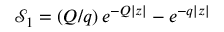
\mathcal { S } _ { 1 } = \left( Q / q \right) e ^ { - Q | z | } - e ^ { - q | z | }